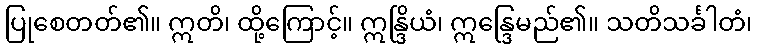
ပြုစေတတ်၏။ ဣတိ၊ ထို့ကြောင့်။ ဣန္ဒြိယံ၊ ဣန္ဒြေမည်၏။ သတိသင်္ခါတံ၊